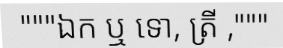
"""ឯក ឬ ទោ, ត្រី ,"""